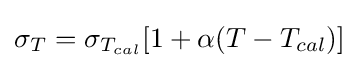
\sigma _{T}={\sigma _{T_{cal}}[1+\alpha (T-T_{cal})]}